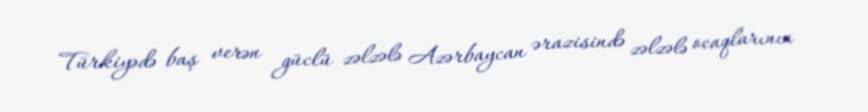
Türkiyədə baş verən güclü zəlzələ Azərbaycan ərazisində zəlzələ ocaqlarının